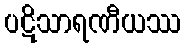
ပဋိသာရဏီယဿ